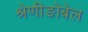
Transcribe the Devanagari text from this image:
श्रेणीङोबेल